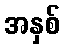
အနှစ်